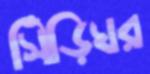
সিঁড়িঘর